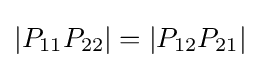
|P_{11}P_{22}|=|P_{12}P_{21}|